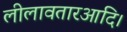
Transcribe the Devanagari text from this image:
लीलावतारआदि।